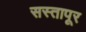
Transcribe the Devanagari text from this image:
सस्तापूर